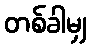
တစ်ခါမျှ